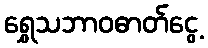
ရွှေသဘာဝဓာတ်ငွေ့